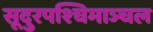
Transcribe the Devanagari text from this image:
सूदुरपश्चिमाञ्चल